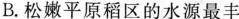
B.松嫩平原稻区的水源最丰